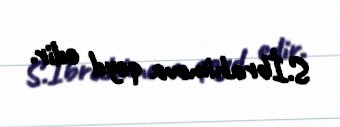
S.İbrahimova qeyd edir.